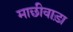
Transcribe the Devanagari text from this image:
माछीवाड़ा